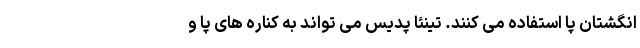
انگشتان پا استفاده می کنند. تینئا پدیس می تواند به کناره های پا و